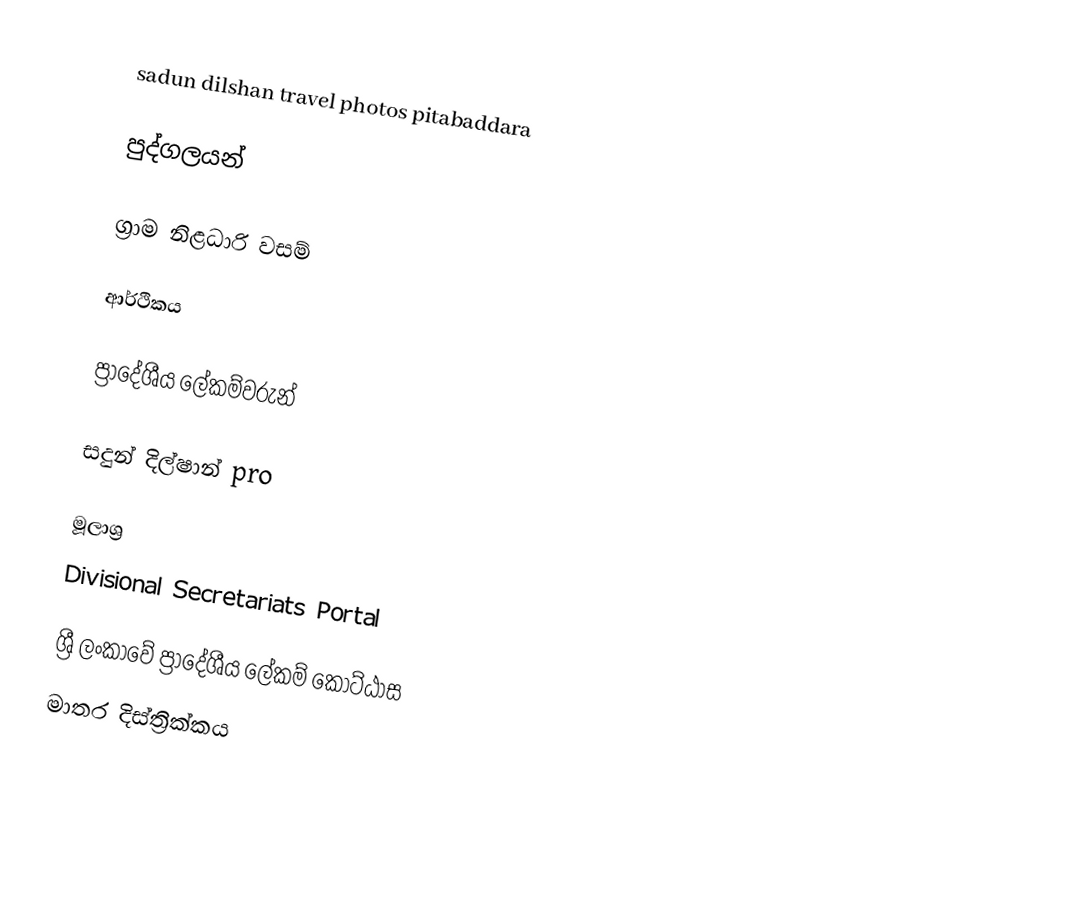
sadun dilshan travel photos pitabaddara

පුද්ගලයන්

ග්‍රාම නිළධාරි වසම්

ආර්ථිකය

ප්‍රාදේශීය ලේකම්වරුන්

සදුන් දිල්ෂාන් pro

මූලාශ්‍ර
 Divisional Secretariats Portal

ශ්‍රී ලංකාවේ ප්‍රාදේශීය ලේකම් කොට්ඨාස
මාතර දිස්ත්‍රික්කය